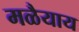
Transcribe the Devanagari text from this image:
मळैयाय